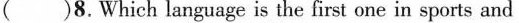
( )8. Which language is the first onein sports and